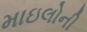
માઇલોની